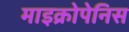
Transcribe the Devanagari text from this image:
माइक्रोपेनिस